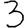
Digit: 3